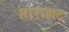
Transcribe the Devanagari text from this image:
ताराहाट